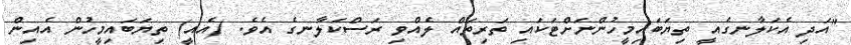
"އަދި އެކަލާނގެއީ ތިޔަބައިމީހުންނަށްޓަކައި ތަރިތައް ލެއްވި ރަސްކަލާނގެ އެވެ. (އެއީ) ތިޔަބައިމީހުން އެއިން